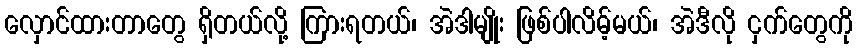
လှောင်ထားတာတွေ ရှိတယ်လို့ ကြားရတယ်၊ အဲဒါမျိုး ဖြစ်ပါလိမ့်မယ်၊ အဲဒီလို ငှက်တွေကို